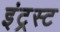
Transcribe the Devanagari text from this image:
इंट्रस्ट